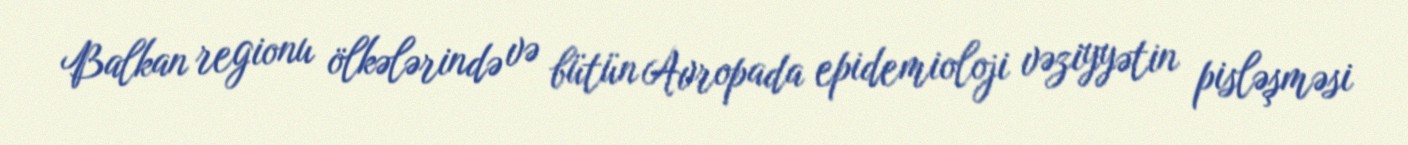
Balkan regionu ölkələrində və bütün Avropada epidemioloji vəziyyətin pisləşməsi